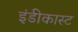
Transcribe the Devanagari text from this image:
इंडीकास्ट